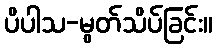
ပိပါသ-မွတ်သိပ်ခြင်း။